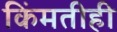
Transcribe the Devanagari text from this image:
किंमतीही